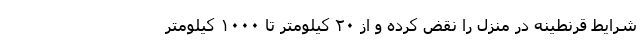
شرایط قرنطینه در منزل را نقض کرده و از ۲۰ کیلومتر تا ۱۰۰۰ کیلومتر